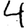
Digit: 4